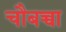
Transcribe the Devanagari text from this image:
चौबच्चा